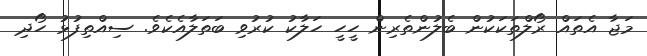
މަޖާ އެތައް ރޯލްތަކަކުން ބެލުންތެރިން ހީހީ ހަލާކު ކުރުވި ބަތަލާއެކެވެ. ސިއްތިފުޅު ހޯދި